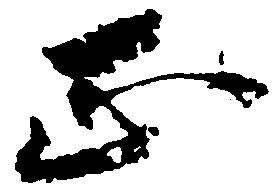
正